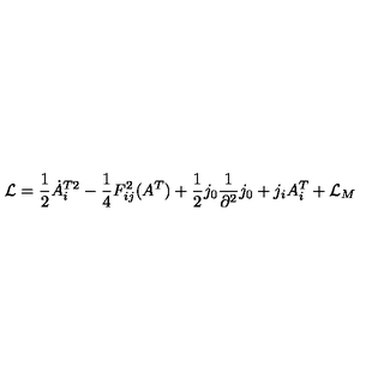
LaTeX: { \cal L } = \frac { 1 } { 2 } \dot { A } _ { i } ^ { T 2 } - \frac { 1 } { 4 } F _ { i j } ^ { 2 } ( A ^ { T } ) + \frac { 1 } { 2 } j _ { 0 } \frac { 1 } { \partial ^ { 2 } } j _ { 0 } + j _ { i } A _ { i } ^ { T } + { \cal L } _ { M }